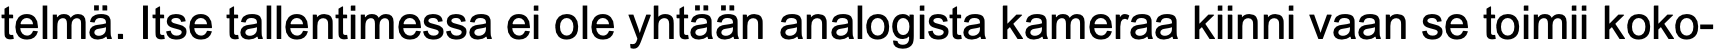
telmä. Itse tallentimessa ei ole yhtään analogista kameraa kiinni vaan se toimii koko-